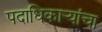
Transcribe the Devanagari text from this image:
पदाधिकार्‍यांचा